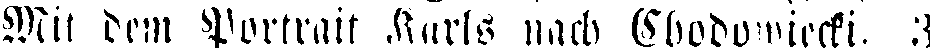
Mit dem Portrait Karls nach Chodowiecki. 3